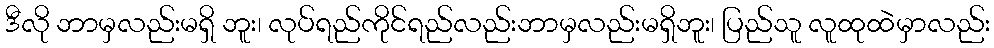
ဒီလို ဘာမှလည်းမရှိ ဘူး၊ လုပ်ရည်ကိုင်ရည်လည်းဘာမှလည်းမရှိဘူး၊ ပြည်သူ လူထုထဲမှာလည်း